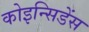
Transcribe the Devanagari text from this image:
कोइन्सिडेंस